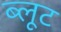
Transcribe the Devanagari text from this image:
ब्लूट